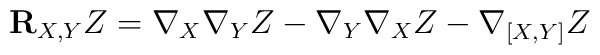
{\bf R}_{X,Y}Z=\nabla_{X}\nabla_{Y}Z-\nabla_{Y}\nabla_{X}Z-\nabla{_{[X,Y]}}Z